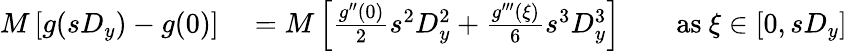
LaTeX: \begin{array}{rlrl}{M\left[g(sD_{y})-g(0)\right]}&{{}=M\left[{\frac{g^{\prime\prime}(0)}{2}}s^{2}D_{y}^{2}+{\frac{g^{\prime\prime\prime}(\xi)}{6}}s^{3}D_{y}^{3}\right]}&{}&{{}{\mathrm{as~}}\xi\in[0,sD_{y}]}\end{array}